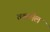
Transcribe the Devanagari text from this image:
तकमेल